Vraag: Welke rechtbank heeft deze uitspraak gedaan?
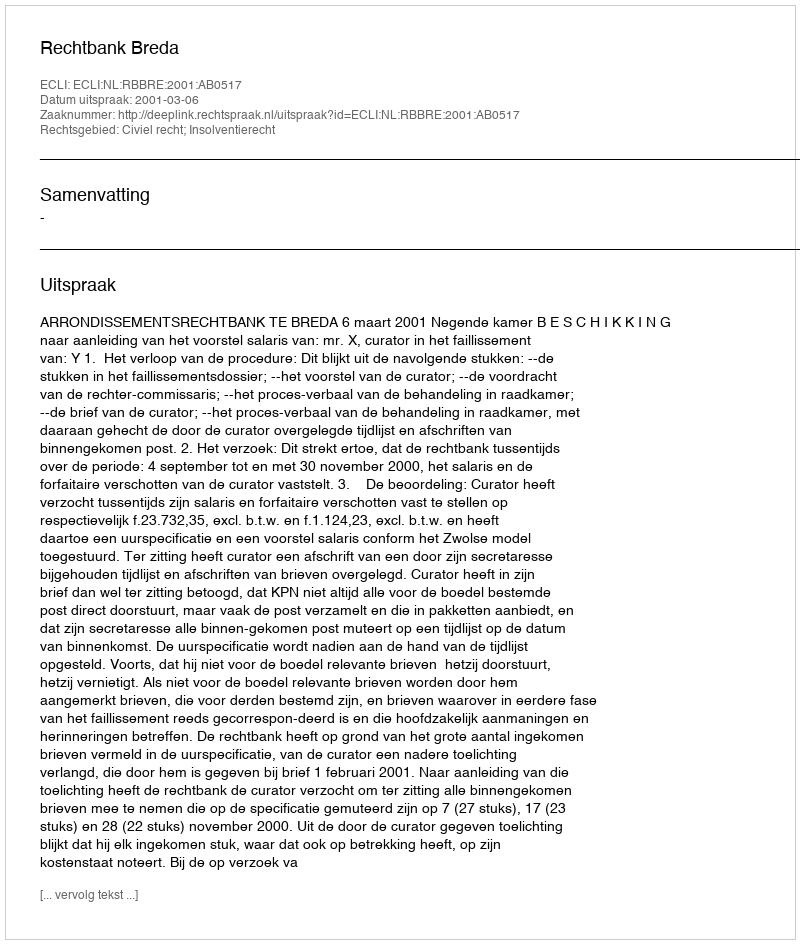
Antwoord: Rechtbank Breda